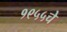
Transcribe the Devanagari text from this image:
१९५५चे